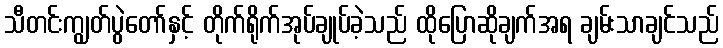
သီတင်းကျွတ်ပွဲတော်နှင့် တိုက်ရိုက်အုပ်ချုပ်ခဲ့သည် ထိုပြောဆိုချက်အရ ချမ်းသာချင်သည်